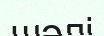
шәлі